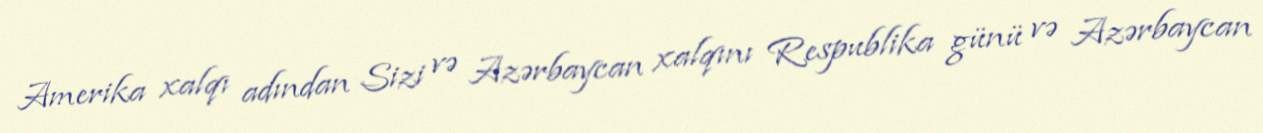
Amerika xalqı adından Sizi və Azərbaycan xalqını Respublika günü və Azərbaycan